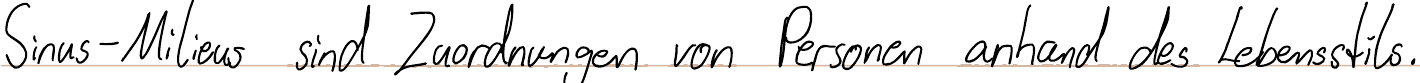
Sinus-Milieus sind Zuordnungen von Personen anhand des Lebensstils.